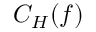
C _ { H } ( \boldsymbol { f } )